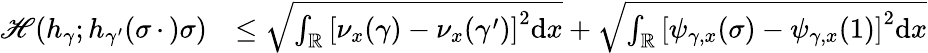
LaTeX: \begin{array}{rl}{{\mathscr{H}}(h_{\gamma};h_{\gamma^{\prime}}(\sigma\, \cdot\, )\sigma)}&{\leq\sqrt{\int_{\mathbb{R}}\left[\nu_{x}(\gamma)-\nu_{x}(\gamma^{\prime})\right]^{2}\mathrm{d}x}+\sqrt{\int_{\mathbb{R}}\left[\psi_{\gamma,x}(\sigma)-\psi_{\gamma,x}(1)\right]^{2}\mathrm{d}x}}\end{array}